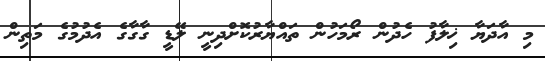
މި އާދަޔާ ޚިލާފު ހެދުން ރޯމަހުން ތައްޔާރުކޮށްދިނީ ލޭޑީ ގާގާގެ އެދުމުގެ މަތިން